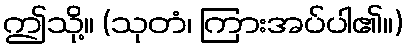
ဤသို့။ (သုတံ၊ ကြားအပ်ပါ၏။)